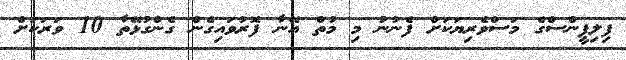
ފިލިޕީންސްގެ މަސްވެރިޔަކަށް ފެނުނު މި މުތް އޭނާ ފޮރުވައިގެން ގެންގުޅޭތާ 10 ވަރަކަށް